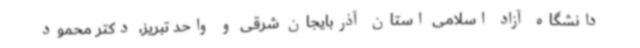
دانشگاه آزاد اسلامی استان آذربایجان شرقی و واحد تبریز، دکتر محمود